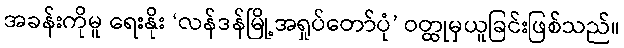
အခန်းကိုမူ ရေးနိုး ‘လန်ဒန်မြို့အရှုပ်တော်ပုံ’ ဝတ္ထုမှယူခြင်းဖြစ်သည်။